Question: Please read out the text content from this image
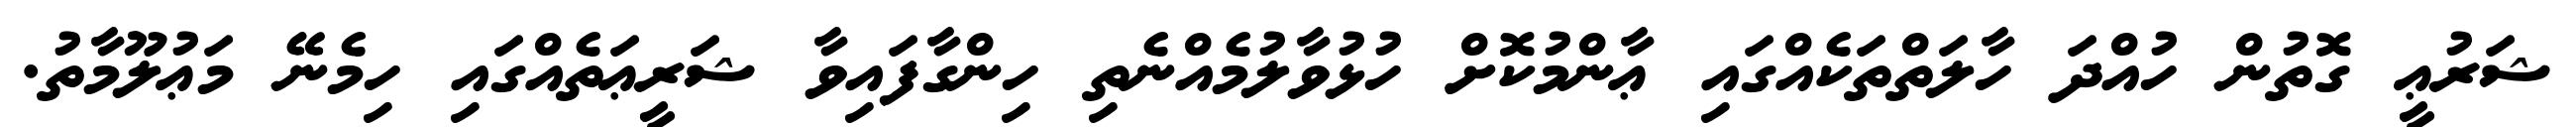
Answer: ޝަރުޢީ ގޮތުން ހުއްދަ ހާލަތްތަކެއްގައި ޢާންމުކޮށް ހުޅުވާލުމެއްނެތި ހިންގާފައިވާ ޝަރީޢަތެއްގައި ހިމެނޭ މަޢުލޫމާތު.